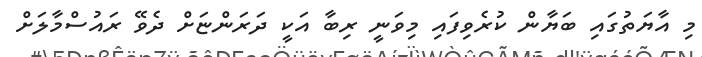
މި އާޔަތުގައި ބަޔާން ކުރެވިފައި މިވަނީ ރިބާ އަކީ ދަރަންޏަށް ދެވޭ ރައުސްމާލަށް